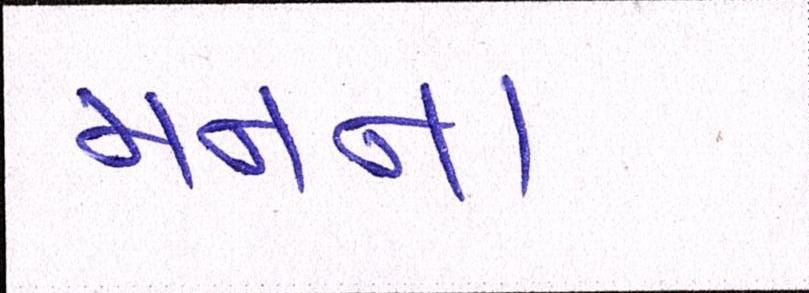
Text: મનના